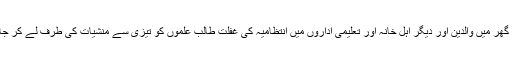
اس دوران گھر میں والدین اور دیگر اہل خانہ اور تعلیمی اداروں میں انتظامیہ کی غفلت طالب علموں کو تیزی سے منشیات کی طرف لے کر جار ہی ہے۔